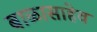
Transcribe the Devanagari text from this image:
बाळासाहेव